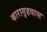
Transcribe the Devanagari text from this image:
कारागृहवास